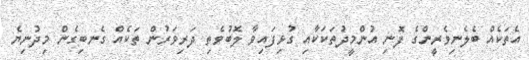
އެތަކެއް ބެލެނިވެރީންގެ ފޮނި އުންމީދުތަކަކާއި ގުޅިފައިވާ ލޮބުވެތި ދަރިވަރުން ތަކެއް ގެނބިގެން މިދުނިޔެ